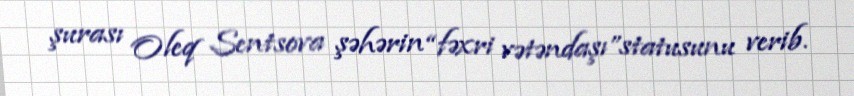
şurası Oleq Sentsova şəhərin “fəxri vətəndaşı”statusunu verib.